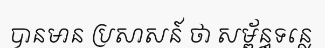
បានមាន ប្រសាសន៍ ថា សម្ព័ន្ធទន្លេ